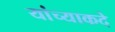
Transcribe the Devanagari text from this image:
यांच्याकदे